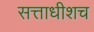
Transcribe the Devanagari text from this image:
सत्ताधीशच